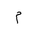
Letter: _mim